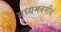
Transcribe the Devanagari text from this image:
मध्यमवगीर्य